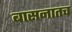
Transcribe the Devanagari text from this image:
बासनातच